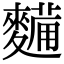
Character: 𮮀